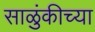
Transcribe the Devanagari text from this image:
साळुंकीच्या